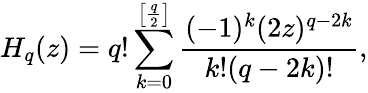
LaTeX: H_{q}(z)=q!\sum_{k=0}^{\left[\frac q2\right]}\frac{(-1)^{k}(2z)^{q-2k}}{k!(q-2k)!},